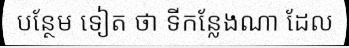
បន្ថែម ទៀត ថា ទីកន្លែងណា ដែល